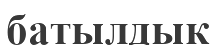
батылдык